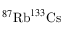
^ { 8 7 } \mathrm { R b } ^ { 1 3 3 } \mathrm { C s }